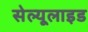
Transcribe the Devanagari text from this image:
सेल्यूलाइड